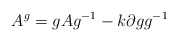
\begin{align*}A^{g}=g A g^{-1}-k\partial gg^{-1}\end{align*}